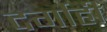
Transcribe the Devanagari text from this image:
दर्गाही